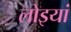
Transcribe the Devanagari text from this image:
लोइयां